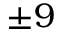
\pm 9